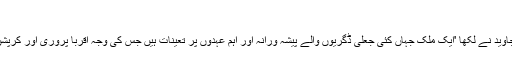
'
سلیم جاوید نے لکھا 'ایک ملک جہاں کئی جعلی ڈگریوں والے پیشہ ورانہ اور اہم عہدوں پر تعینات ہیں جس کی وجہ اقربا پروری اور کرپشن ہے۔